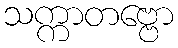
သက္ကာတဗ္ဗော